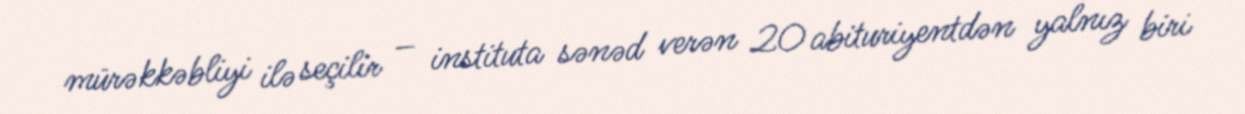
mürəkkəbliyi ilə seçilir – instituta sənəd verən 20 abituriyentdən yalnız biri